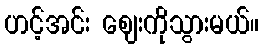
ဟင့်အင်း ဈေးကိုသွားမယ်။